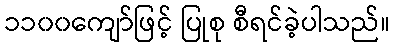
၁၁၀၀ကျော်ဖြင့် ပြုစု စီရင်ခဲ့ပါသည်။